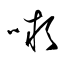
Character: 嚬